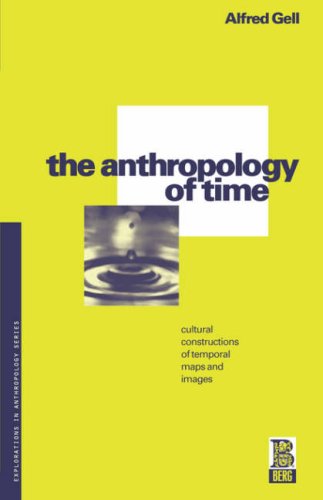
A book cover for The Anthropology of Time: Cultural Constructions of Temporal Maps and Images (Explorations in Anthropology); Alfred Gell; Science & Math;